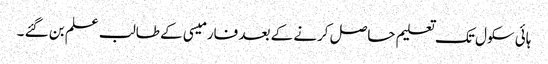
ہائی سکول تک تعلیم حاصل کرنے کے بعد فارمیسی کے طالب علم بن گئے ۔